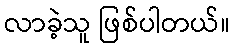
လာခဲ့သူ ဖြစ်ပါတယ်။